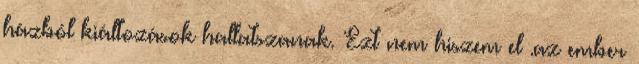
házból kiáltozások hallatszanak. Ezt nem hiszem el .az ember